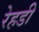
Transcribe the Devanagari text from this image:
रेहडी